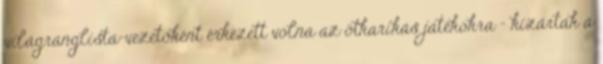
világranglista-vezetőként érkezett volna az ötkarikás játékokra - kizárták a